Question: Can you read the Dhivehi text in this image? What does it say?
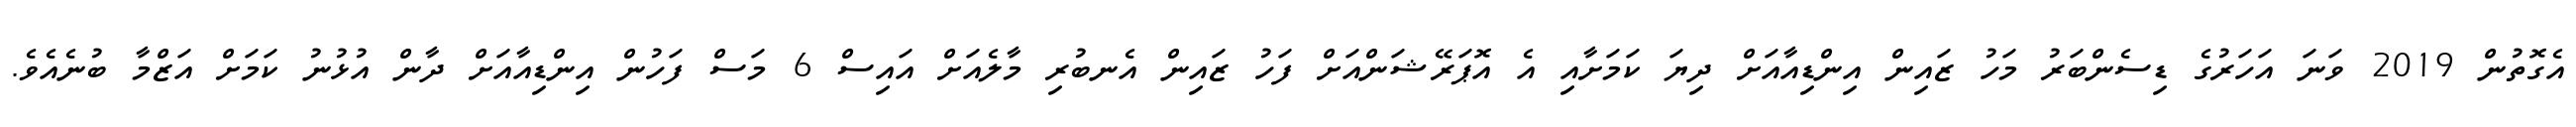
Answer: އެގޮތުން 2019 ވަނަ އަހަރުގެ ޑިސެންބަރު މަހު ޒައިން އިންޑިއާއަށް ދިޔަ ކަމަށާއި އެ އޮޕަރޭޝަންއަށް ފަހު ޒައިން އެނބުރި މާލެއަށް އައިސް 6 މަސް ފަހުން އިންޑިއާއަށް ދާން އުޅުނު ކަމަށް އަޒްމާ ބުނެއެވެ.